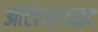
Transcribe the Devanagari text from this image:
ऑटोफ्लाइट